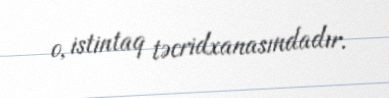
o, istintaq təcridxanasındadır.